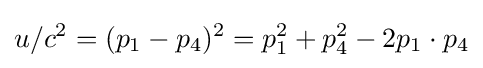
u/c^{2}=(p_{1}-p_{4})^{2}=p_{1}^{2}+p_{4}^{2}-2p_{1}\cdot p_{4}